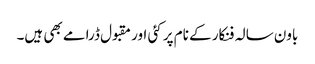
باون سالہ فنکار کے نام پر کئی اور مقبول ڈرامے بھی ہیں۔